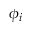
\phi _ { i }